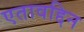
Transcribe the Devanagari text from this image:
एतावद्दिन